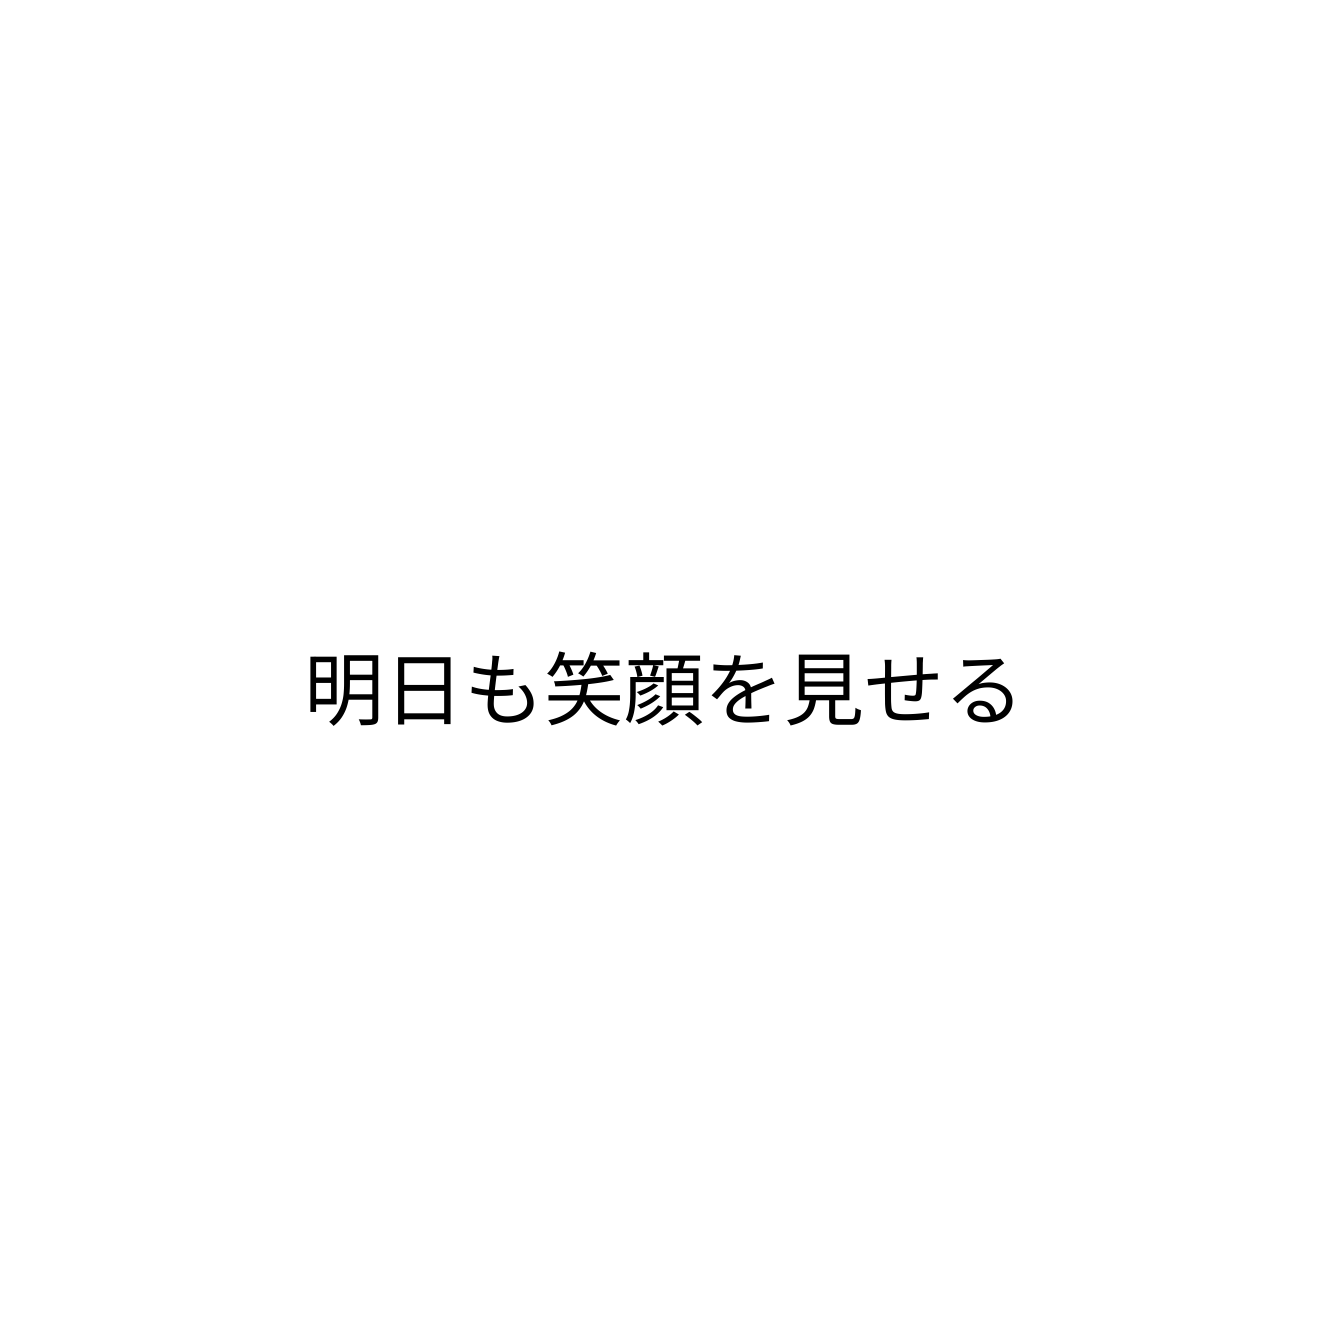
明日も笑顔を見せる